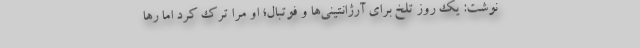
نوشت: یک روز تلخ برای آرژانتینی‌ها و فوتبال؛ او مرا ترک کرد اما رها